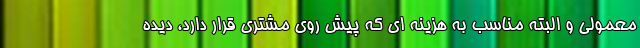
معمولی و البته مناسب به هزینه ای که پیش روی مشتری قرار دارد، دیده